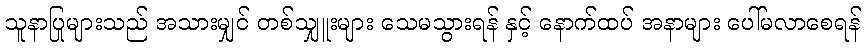
သူနာပြုများသည် အသားမျှင် တစ်သျှူးများ သေမသွားရန် နှင့် နောက်ထပ် အနာများ ပေါ်မလာစေရန်